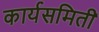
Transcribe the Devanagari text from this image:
कार्यसमिती